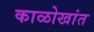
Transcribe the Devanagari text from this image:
काळोखांत